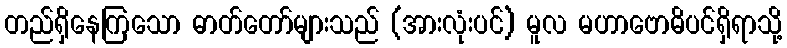
တည်ရှိနေကြသော ဓာတ်တော်များသည် (အားလုံးပင်) မူလ မဟာဗောဓိပင်ရှိရာသို့